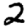
Digit: 2